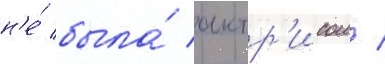
н'е́ была́ актр'исои /